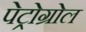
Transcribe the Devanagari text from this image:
पेट्रोग्रोल